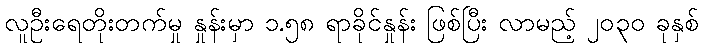
လူဦးရေတိုးတက်မှု နှုန်းမှာ ၁.၅၈ ရာခိုင်နှုန်း ဖြစ်ပြီး လာမည့် ၂၀၃၀ ခုနှစ်